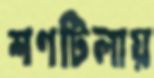
শণটিলায়